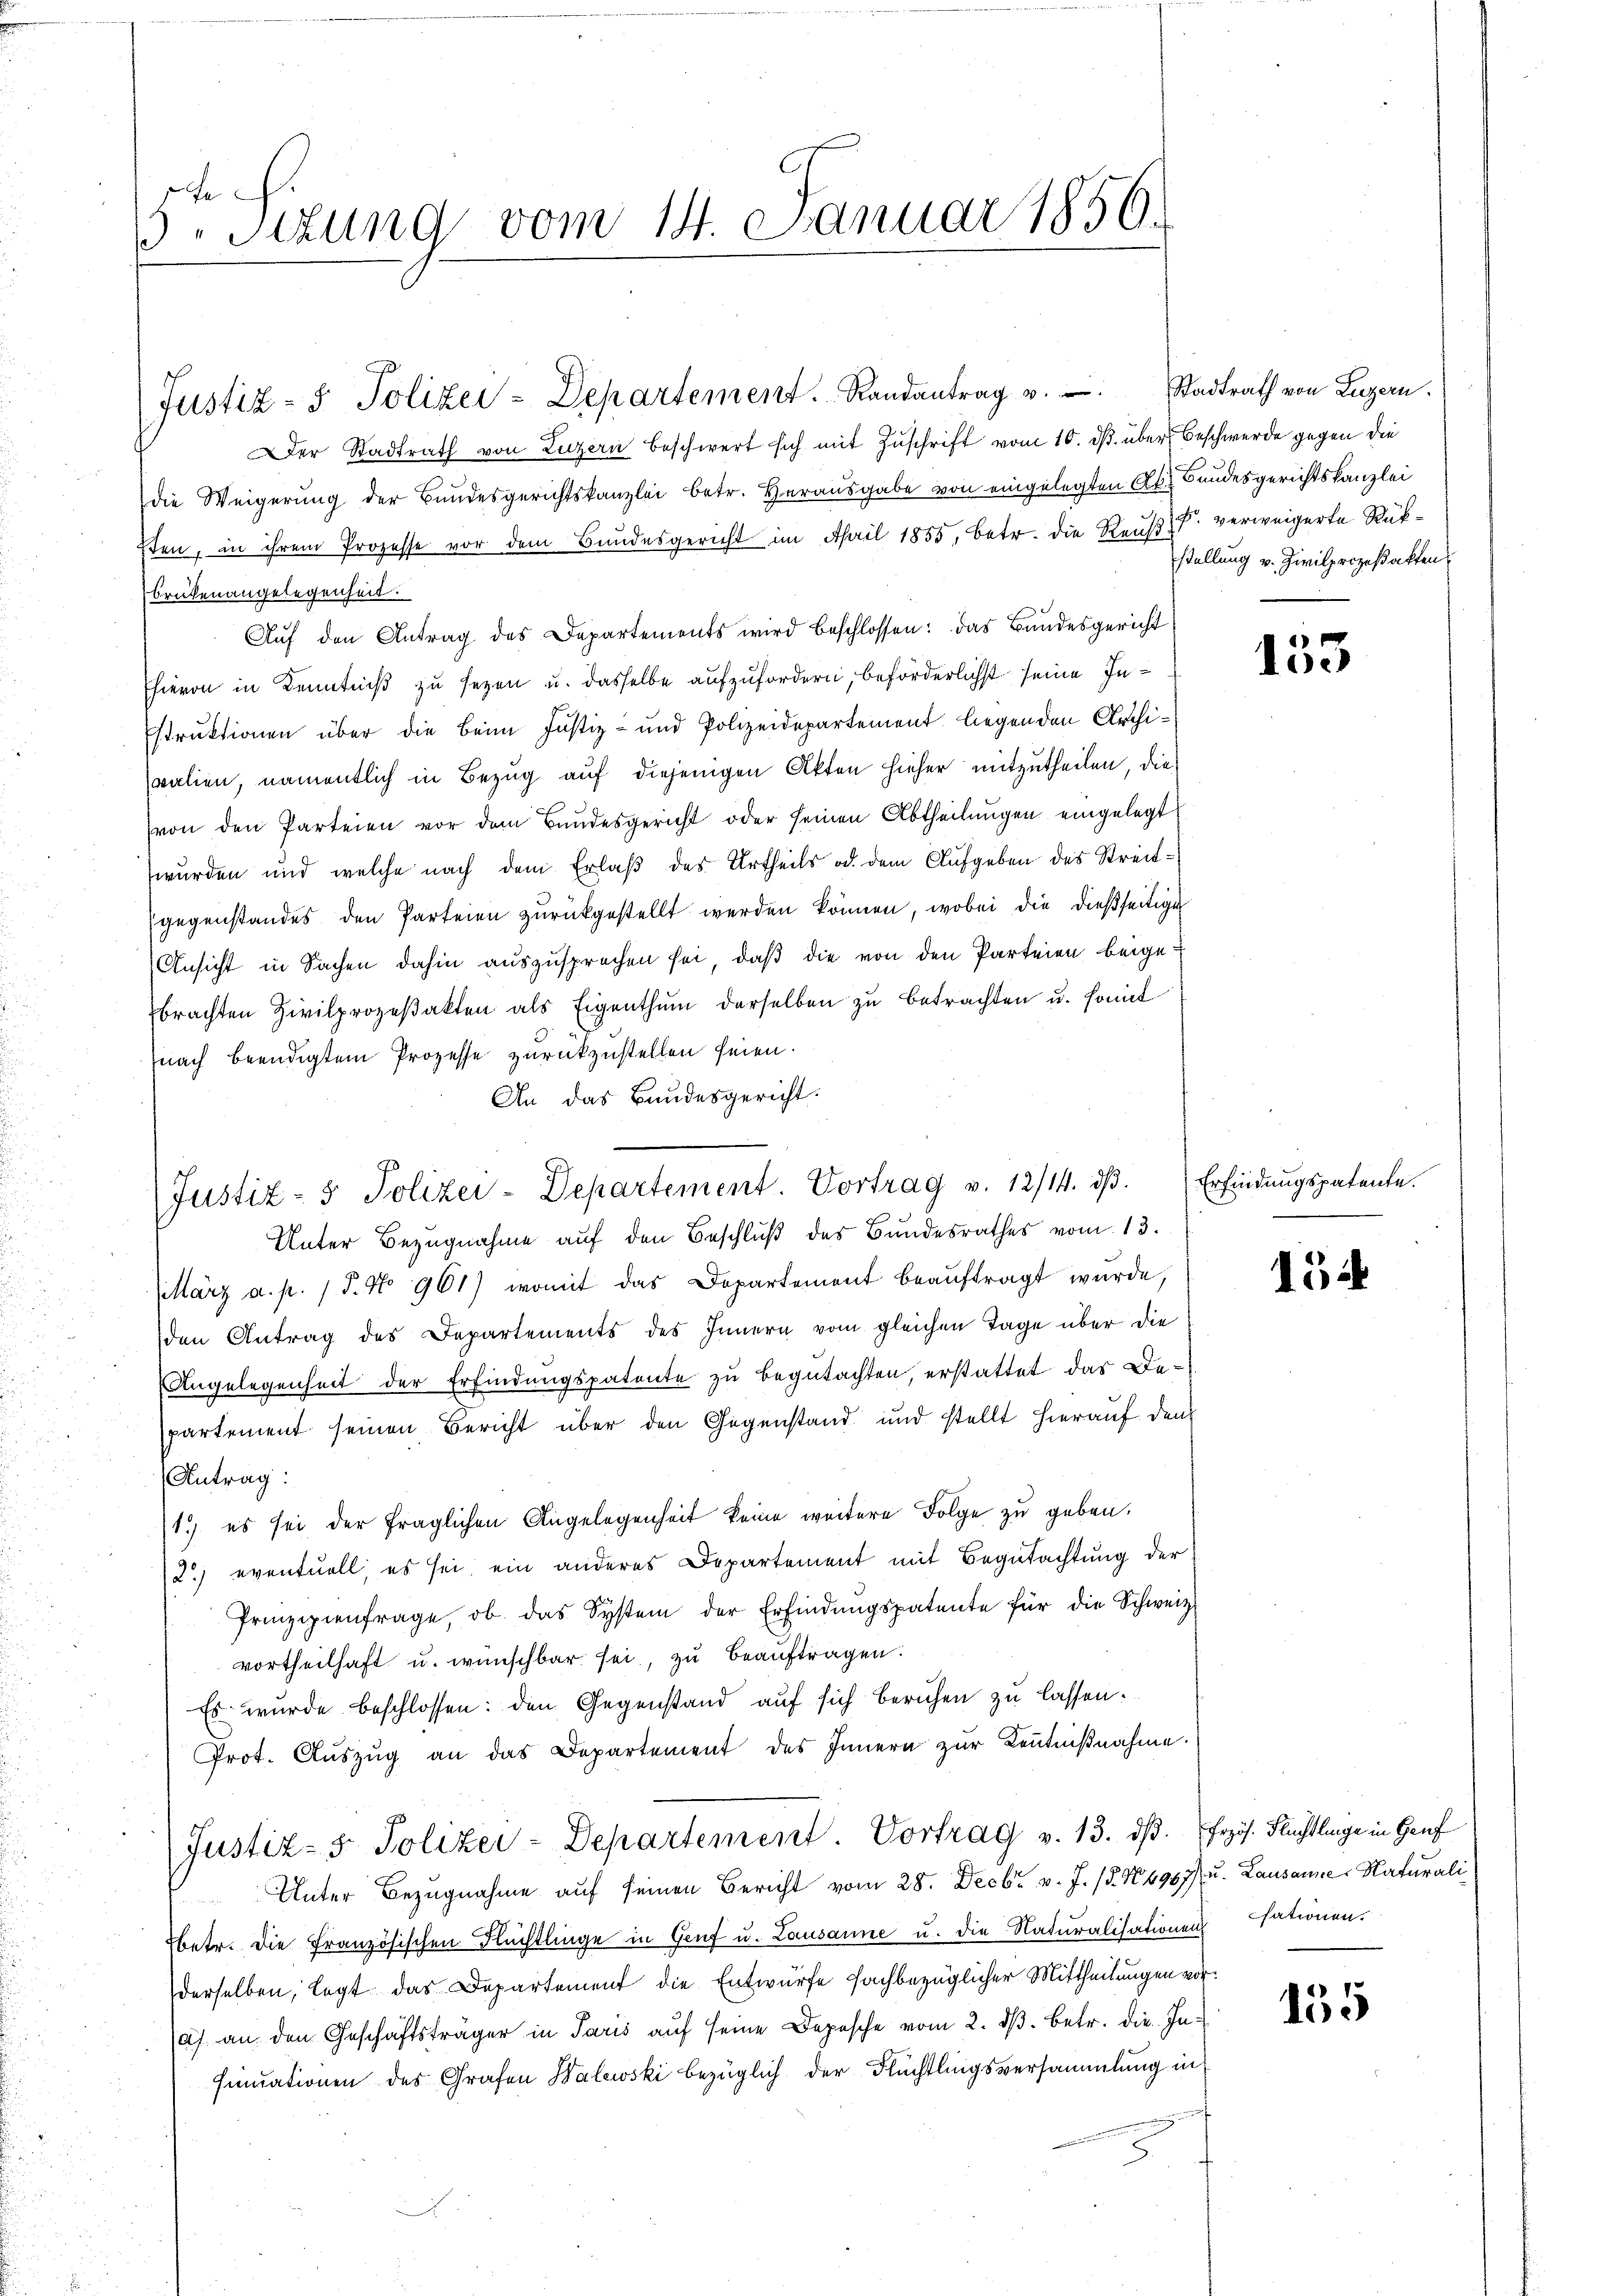
Stzung vom 14. Januar 1856.

Justiz- & Polizei-Departement. Randantrag u. Stadtrath von Luzern.

Der Stadtrath von Luzern beschwert sich mit Zŭschrift vom 10. ds. über Beschwerde gegen die
Die Weigerung der Bundesgerichtskanzlei betr. Herausgabe von eingelegten Ab. Bundesgerichtskanzlei
Eten, in ihrem Prozesse vor dem Bundesgericht im April 1855, betr. die Reuß verweigerte Rükbrükenangelegenheit.
Aŭf den Antrag des Departements wird beschlossen: das Bundesgericht
hievon in Kenntniß zu sezen u. dasselbe aufzufordern, beförderlichst seine Instruktionen über die beim Justiz- und Polizeidepartement liegenden Archivalien, namentlich in Bezug auf diejenigen Akten hieher mitzutheilen, die
von den Parteien vor dem Bundesgericht oder seinen Abtheilŭngen eingelegt
wurden und welche nach dem Erlaß des Urtheils od. dem Aufgeben des Streitgegenstandes den Parteien zurückgestellt werden können, wobei die dießseitige
Ansicht in Sachen dahin auszusprechen sei, daß die von den Parteien beigebrachten Zivilprozeßakten als Eigenthum derselben zu betrachten u. somit
nach beendigtem Prozesse zurückzustellen seien.
An das Bandesgericht.

Justiz- & Polizei-Departement. Vortrag v. 12/14. dβ. Erfindŭngspatente.

Unter Bezŭgnahme aŭf den Beschlŭβ des Bundesrathes vom 13.
März a. p. 1 P. No 961) womit das Departement beauftragt wurde,
den Antrag des Departements des Innern vom gleichen Tage über die
Angelegenheit der Erfindungspatente zu begutachten, erstattet das De-
partement seinen Bericht über den Gegenstand und stellt hierauf den
Antrag:
1.) es sei der fraglichen Angelegenheit keine weitere Folge zu geben.
2) eventuell, es sei ein anderes Departement mit Begutachtung der
Prinzipienfrage, ob das System der Erfindŭngspatente für die Schweiz
vortheilhaft u. wünschbar sei, zu beauftragen.
Es wurde beschlossen: den Gegenstand auf sich beruhen zu lassen.
Prot. Aŭszŭg an das Departement des Innern zur Kenntnißnahme.
Justiz- & Polizei-Departement. Vortrag v. 13. dβ. (Erzös. Flüchtlinge in Genf
Unter Bezugnahme auf seinen Bericht vom 28. Decbr. v. J. (§. N. 4907 u. Lausanne Naturali
betr. die Französischen Flüchtlinge in Genf u. Lausanne u. die Naturalisationensationen.
derselben, legt das Departement die Entwürfe fachbezüglicher Mittheilungen voras an den Geschäftsträger in Paris aŭf seine Depesche vom 2. dβ. betr. die In-
finuationen des Grafen Walewski bezüglich der Flüchtlingsversammlung in

stellung v. Zivilprozeßakten

100

154

155